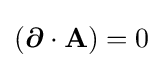
({\boldsymbol {\partial }}\cdot \mathbf {A} )=0